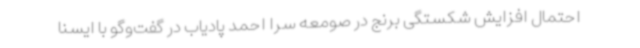
احتمال افزایش شکستگی برنج در صومعه سرا احمد پادیاب در گفت‌وگو با ایسنا